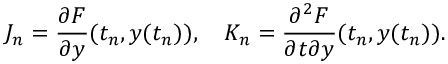
J _ { n } = \frac { \partial F } { \partial y } ( t _ { n } , y ( t _ { n } ) ) , \quad K _ { n } = \frac { \partial ^ { 2 } F } { \partial t \partial y } ( t _ { n } , y ( t _ { n } ) ) .